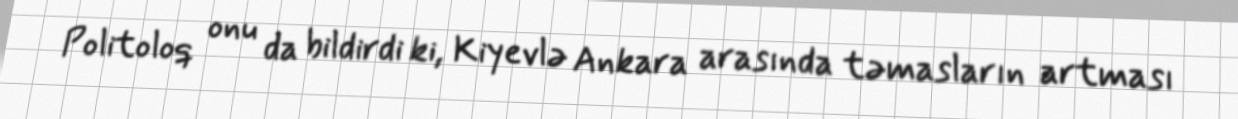
Politoloq onu da bildirdi ki, Kiyevlə Ankara arasında təmasların artması